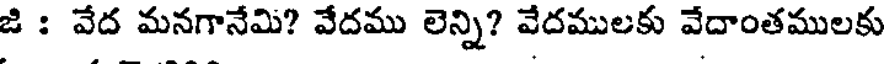
జి : వేద మనగానేమి? వేదము లెన్ని? వేదములకు వేదాంతములకు